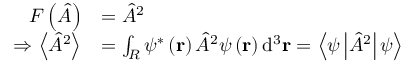
{ \begin{array} { r l } { F \left( { \hat { A } } \right) } & { = { \hat { A } } ^ { 2 } } \\ { \Rightarrow \left\langle { \hat { A } } ^ { 2 } \right\rangle } & { = \int _ { R } \psi ^ { * } \left( \mathbf { r } \right) { \hat { A } } ^ { 2 } \psi \left( \mathbf { r } \right) \mathrm { d } ^ { 3 } \mathbf { r } = \left\langle \psi \left\vert { \hat { A } } ^ { 2 } \right\vert \psi \right\rangle } \end{array} } \,